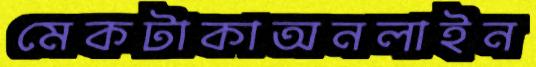
মেকটাকাঅনলাইন